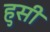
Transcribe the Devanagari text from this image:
हुसी